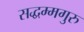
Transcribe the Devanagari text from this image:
सद्धम्मगुरु